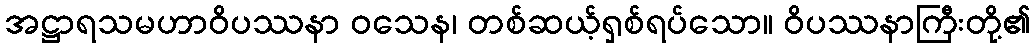
အဋ္ဌာရသမဟာဝိပဿနာ ဝသေန၊ တစ်ဆယ့်ရှစ်ရပ်သော။ ဝိပဿနာကြီးတို့၏